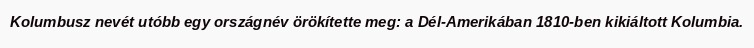
Kolumbusz nevét utóbb egy országnév örökítette meg: a Dél-Amerikában 1810-ben kikiáltott Kolumbia.